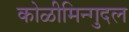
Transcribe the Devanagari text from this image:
कोळीमिन्गुदल